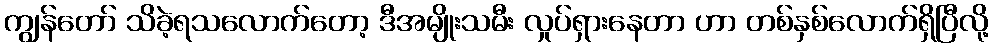
ကျွန်တော် သိခဲ့ရသလောက်တော့ ဒီအမျိုးသမီး လှုပ်ရှားနေတာ ဟာ တစ်နှစ်လောက်ရှိပြီလို့